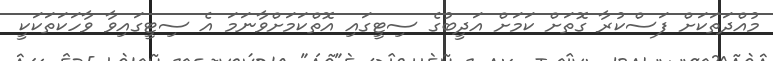
މުއްދަތަކަށް ފަސްކުރާ ގޮތަށް ކަމަށް އަދީބުގެ ސިޓީގައި އޮތްކަމަށްވާނަމަ އެ ސިޓީގައިވާ ވާހަކަތަކަކީ